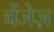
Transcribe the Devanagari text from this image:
चेंजेज़